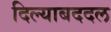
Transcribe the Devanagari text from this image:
दिल्याबददल